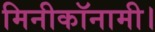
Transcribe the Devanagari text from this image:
मिनीकॉनामी।